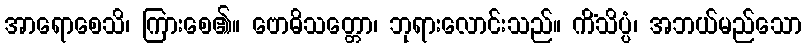
အာရောစေသိ၊ ကြားစေ၏။ ဗောဓိသတ္တော၊ ဘုရားလောင်းသည်။ ကိံသိပ္ပံ၊ အဘယ်မည်သော